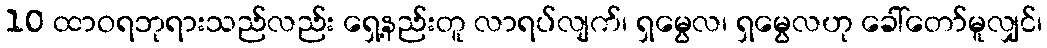
10 ထာဝရဘုရားသည်လည်း ရှေ့နည်းတူ လာရပ်လျက်၊ ရှမွေလ၊ ရှမွေလဟု ခေါ်တော်မူလျှင်၊